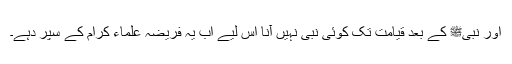
اور نبیﷺ کے بعد قیامت تک کوئی نبی نہیں آنا اس لیے اب یہ فریضہ علماء کرام کے سپر دہے۔